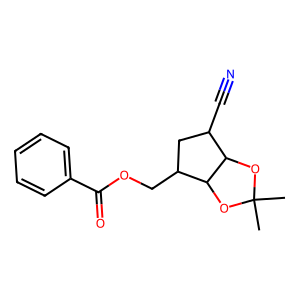
SMILES: CC1(C)OC2C(C#N)CC(COC(=O)c3ccccc3)C2O1
Inhibits HIV replication: No